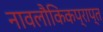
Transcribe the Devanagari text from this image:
नावलौकिकप्राप्त